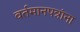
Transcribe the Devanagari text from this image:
वर्तमानपत्रांना